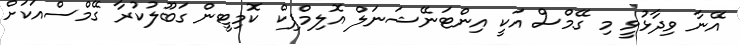
އޭނާ ވިދާޅުވީ މި ގޭމްސް އަކީ އިންޓަނޭޝަނަލް އޮލިމްޕިކް ކޮމިޓީން ގަބޫލުކުރާ ގޭމްސްއަކަށް